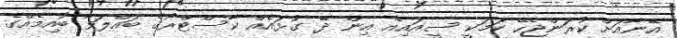
އޭނާއަށް ކުރަންޖެހޭ ކަމަކީ ސީއައިއޭ އިން ދޭ ގުޅައެއް ކާސްޓްރޯގެ ބައްލަވާ ބުއިމެއްގެ